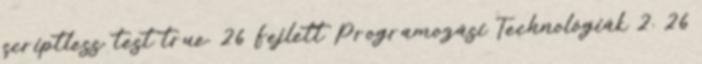
scriptless. test true. 26 Fejlett Programozási Technológiák 2. 26